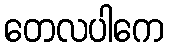
တေလပါကေ